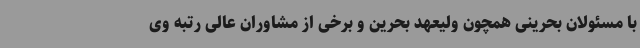
با مسئولان بحرینی همچون ولیعهد بحرین و برخی از مشاوران عالی رتبه وی